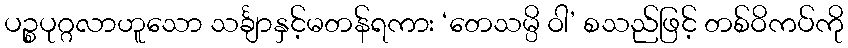
ပဉ္စပုဂ္ဂလာဟူသော သင်္ချာနှင့်မတန်ရကား ‘တေသမ္ပိ ဝါ’ စသည်ဖြင့် တစ်ဝိကပ်ကို